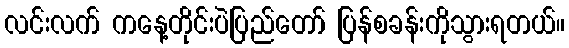
လင်းလက် ကနေ့တိုင်းပဲပြည်တော် ပြန်စခန်းကိုသွားရတယ်။